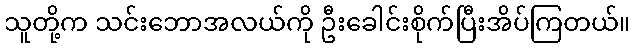
သူတို့က သင်းဘောအလယ်ကို ဦးခေါင်းစိုက်ပြီးအိပ်ကြတယ်။